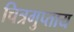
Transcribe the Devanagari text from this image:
चित्रगुप्ताय